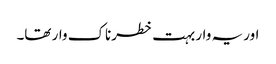
اور یہ وار بہت خطرناک وار تھا۔